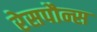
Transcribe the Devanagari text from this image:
रेसपौन्स